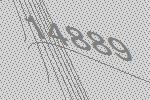
14889